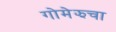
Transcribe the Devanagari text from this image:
गोमेझचा